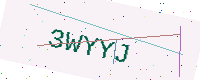
Text: 3WYYJ